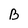
Character: B